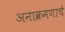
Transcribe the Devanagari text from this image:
अनाक्रमणाचे